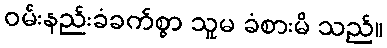
ဝမ်းနည်းခံခက်စွာ သူမ ခံစားမိ သည်။